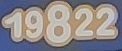
19822